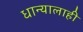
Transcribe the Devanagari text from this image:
धान्यालाही